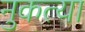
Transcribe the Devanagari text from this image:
नुकत्या